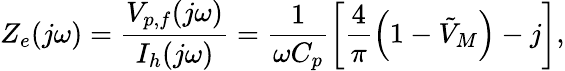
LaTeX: {Z_{e}}(j\omega)=\frac{{{V_{p,f}}(j\omega)}}{{{I_{h}}(j\omega)}}=\frac{1}{{\omega{C_{p}}}}\left[\frac{4}{\pi}\left(1-\tilde{V}_{M}\right)-j\right],